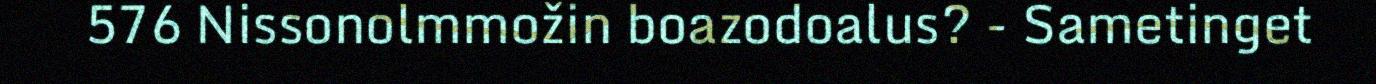
576 Nissonolmmožin boazodoalus? - Sametinget